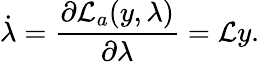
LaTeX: \dot{\lambda}=\frac{\partial\mathcal{L}_{a}(y,\lambda)}{\partial\lambda}=\mathcal{L}y.